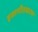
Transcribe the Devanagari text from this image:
हस्तपीतकरण